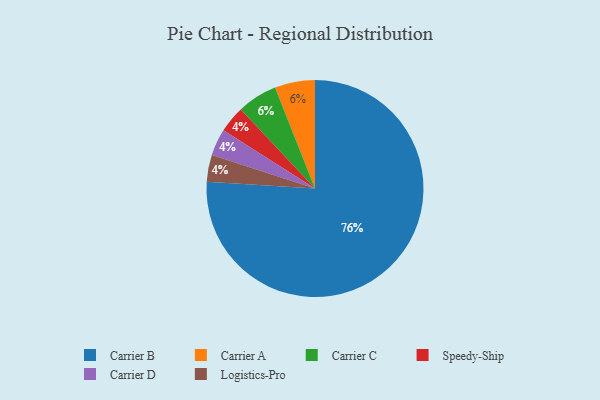
{"axis": {"x": "Category", "y": "Percentage"}, "legend": ["Carrier A", "Carrier B", "Carrier C", "Carrier D", "Logistics-Pro", "Speedy-Ship"], "data": [{"x": "Speedy-Ship", "y": 4, "type": "Speedy-Ship"}, {"x": "Carrier A", "y": 6, "type": "Carrier A"}, {"x": "Carrier C", "y": 6, "type": "Carrier C"}, {"x": "Carrier D", "y": 4, "type": "Carrier D"}, {"x": "Logistics-Pro", "y": 4, "type": "Logistics-Pro"}, {"x": "Carrier B", "y": 76, "type": "Carrier B"}]}